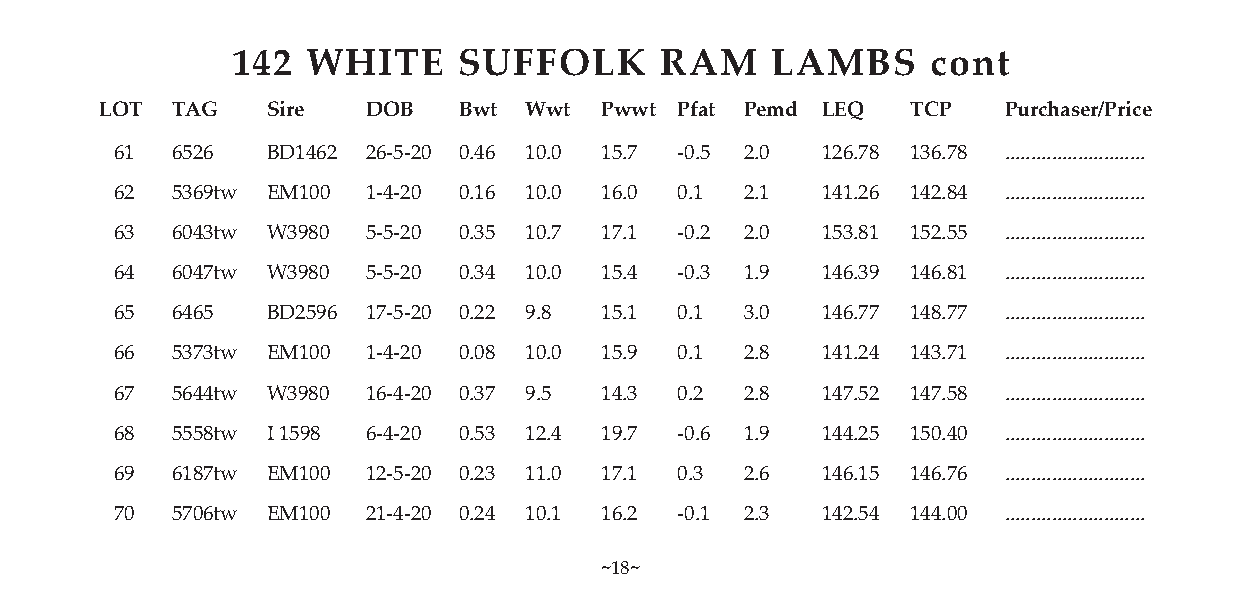
142  WHITE     SUFFOLK       RAM    LAMBS      cont
 LOT TAG    Sire  DOB   Bwt  Wwt  Pwwt Pfat Pemd LEQ  TCP   Purchaser/Price
 61 6526   BD1462 26-5-20 0.46 10.0 15.7 -0.5 2.0 126.78 136.78 ...........................
 62 5369tw EM100 1-4-20 0.16 10.0 16.0 0.1 2.1 141.26 142.84 ...........................
 63 6043tw W3980 5-5-20 0.35 10.7 17.1 -0.2 2.0 153.81 152.55 ...........................
 64 6047tw W3980 5-5-20 0.34 10.0 15.4 -0.3 1.9 146.39 146.81 ...........................
 65 6465   BD2596 17-5-20 0.22 9.8 15.1 0.1 3.0 146.77 148.77 ...........................
 66 5373tw EM100 1-4-20 0.08 10.0 15.9 0.1 2.8 141.24 143.71 ...........................
 67 5644tw W3980 16-4-20 0.37 9.5 14.3 0.2 2.8 147.52 147.58 ...........................
 68 5558tw I 1598 6-4-20 0.53 12.4 19.7 -0.6 1.9 144.25 150.40 ...........................
 69 6187tw EM100 12-5-20 0.23 11.0 17.1 0.3 2.6 146.15 146.76 ...........................
 70 5706tw EM100 21-4-20 0.24 10.1 16.2 -0.1 2.3 142.54 144.00 ...........................
 ~18~